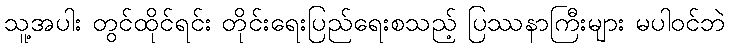
သူ့အပါး တွင်ထိုင်ရင်း တိုင်းရေးပြည်ရေးစသည့် ပြဿနာကြီးများ မပါဝင်ဘဲ